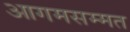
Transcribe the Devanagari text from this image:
आगमसम्मत